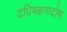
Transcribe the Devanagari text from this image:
दधिभक्षणदोष